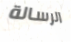
الرسالة